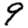
Digit: 9